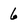
Character: 6